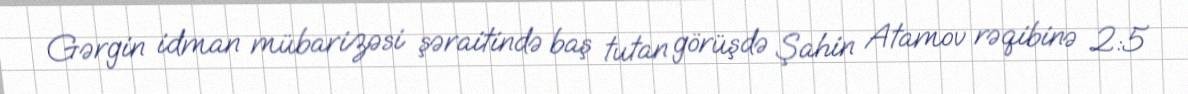
Gərgin idman mübarizəsi şəraitində baş tutan görüşdə Şahin Atamov rəqibinə 2:5